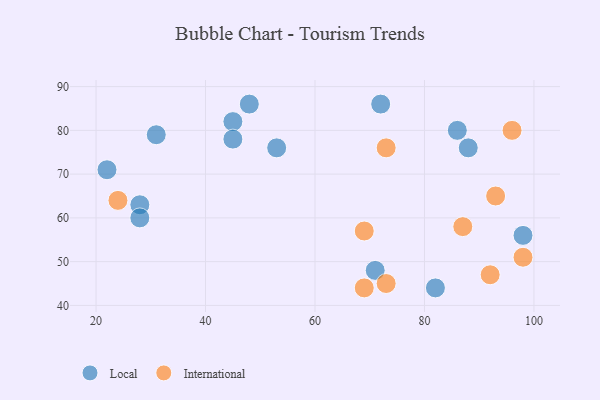
{"axis": {"x": "GDP", "y": "Life Expectancy"}, "legend": ["International", "Local"], "data": [{"x": "22", "y": 71, "type": "Local"}, {"x": "82", "y": 44, "type": "Local"}, {"x": "31", "y": 79, "type": "Local"}, {"x": "45", "y": 82, "type": "Local"}, {"x": "86", "y": 80, "type": "Local"}, {"x": "72", "y": 86, "type": "Local"}, {"x": "45", "y": 78, "type": "Local"}, {"x": "53", "y": 76, "type": "Local"}, {"x": "88", "y": 76, "type": "Local"}, {"x": "28", "y": 63, "type": "Local"}, {"x": "71", "y": 48, "type": "Local"}, {"x": "28", "y": 60, "type": "Local"}, {"x": "48", "y": 86, "type": "Local"}, {"x": "98", "y": 56, "type": "Local"}, {"x": "87", "y": 58, "type": "International"}, {"x": "73", "y": 76, "type": "International"}, {"x": "69", "y": 44, "type": "International"}, {"x": "24", "y": 64, "type": "International"}, {"x": "92", "y": 47, "type": "International"}, {"x": "93", "y": 65, "type": "International"}, {"x": "96", "y": 80, "type": "International"}, {"x": "73", "y": 45, "type": "International"}, {"x": "98", "y": 51, "type": "International"}, {"x": "69", "y": 57, "type": "International"}]}